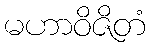
မဟာဝိဇိတံ